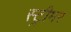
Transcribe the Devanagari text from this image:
स्ट्रीमर